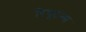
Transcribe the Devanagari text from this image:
रियूटन्स